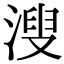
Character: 溲